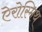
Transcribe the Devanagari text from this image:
ऐरोस्मिथ